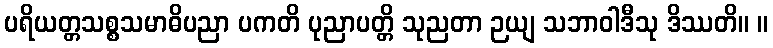
ပရိယတ္တသစ္စသမာဓိပညာ ပကတိ ပုညာပတ္တိ သုညတာ ဉယျ သဘာဝါဒီသု ဒိဿတိ။ ။